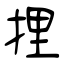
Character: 捚